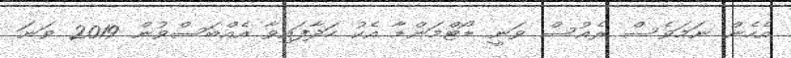
އެހެން ނަމަވެސް ރެއުސް ވަނީ ޑޯޓްމަންޑާ އެކު ހަދާފައިވާ އެއްބަސްވުން 2019 ވަނަ